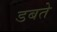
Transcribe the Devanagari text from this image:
डबते